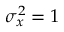
\sigma _ { x } ^ { 2 } = 1